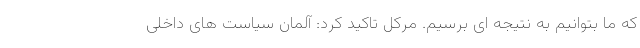
که ما بتوانیم به نتیجه ای برسیم. مرکل تاکید کرد: آلمان سیاست های داخلی